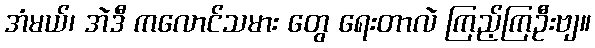
အံမယ်၊ အဲဒီ ကလောင်သမား တွေ ရေးတာလဲ ကြည့်ကြဦးဗျ။